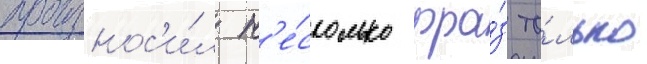
произнос'и́л н'е́сколько фра́з то́лько